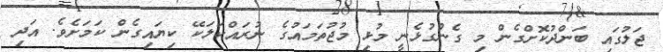
ޖަލުގައި ބަންދުކޮށްގެން މި ގެންގުޅެނީ މުޅި މުޖުތަމައުގެ ނުރައްކަލަކޭ ކިޔައިގެން ކަމަށެވެ. އަދި